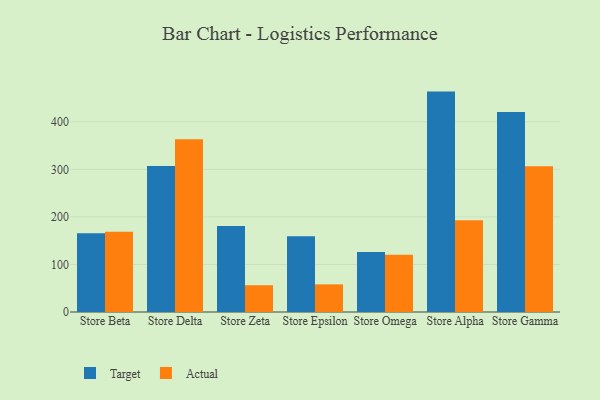
{"axis": {"x": "Store", "y": "Population (Million)"}, "legend": ["Actual", "Target"], "data": [{"x": "Store Beta", "y": 165.6, "type": "Target"}, {"x": "Store Beta", "y": 168.9, "type": "Actual"}, {"x": "Store Delta", "y": 307.3, "type": "Target"}, {"x": "Store Delta", "y": 363.3, "type": "Actual"}, {"x": "Store Zeta", "y": 181.1, "type": "Target"}, {"x": "Store Zeta", "y": 56.3, "type": "Actual"}, {"x": "Store Epsilon", "y": 159.5, "type": "Target"}, {"x": "Store Epsilon", "y": 58.1, "type": "Actual"}, {"x": "Store Omega", "y": 126.3, "type": "Target"}, {"x": "Store Omega", "y": 120.2, "type": "Actual"}, {"x": "Store Alpha", "y": 463.5, "type": "Target"}, {"x": "Store Alpha", "y": 192.9, "type": "Actual"}, {"x": "Store Gamma", "y": 420.4, "type": "Target"}, {"x": "Store Gamma", "y": 306.6, "type": "Actual"}]}